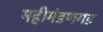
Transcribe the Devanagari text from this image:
महीमंडणगड